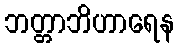
ဘတ္တာဘိဟာရေန